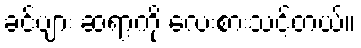
ခင်ဗျား ဆရာ့ကို လေးစားသင့်တယ်။